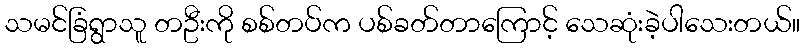
သမင်ခြံရွာသူ တဦးကို စစ်တပ်က ပစ်ခတ်တာကြောင့် သေဆုံးခဲ့ပါသေးတယ်။